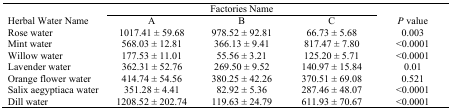
<table><thead><tr><td></td><td colspan="3"><b>Factories Name</b></td><td></td></tr><tr><td><b>Herbal Water Name</b></td><td><b>A</b></td><td><b>B</b></td><td><b>C</b></td><td><b><i>P</i> value</b></td></tr></thead><tbody><tr><td>Rose water</td><td>1017.41 ± 59.68</td><td>978.52 ± 92.81</td><td>66.73 ± 5.68</td><td>0.003</td></tr><tr><td>Mint water</td><td>568.03 ± 12.81</td><td>366.13 ± 9.41</td><td>817.47 ± 7.80</td><td>&lt;0.0001</td></tr><tr><td> water</td><td>177.53 ± 11.01</td><td>55.56 ± 3.21</td><td>125.20 ± 5.71</td><td>&lt;0.0001</td></tr><tr><td>Lavender water</td><td>362.31 ± 52.76</td><td>269.50 ± 9.52</td><td>140.97 ± 15.84</td><td>0.01</td></tr><tr><td>Orange flower water</td><td>414.74 ± 54.56</td><td>380.25 ± 42.26</td><td>370.51 ± 69.08</td><td>0.521</td></tr><tr><td>Salix aegyptiaca water</td><td>351.28 ± 4.41</td><td>82.92 ± 5.36</td><td>287.46 ± 48.07</td><td>&lt;0.0001</td></tr></tbody></table>